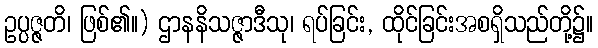
ဥပ္ပဇ္ဇတိ၊ ဖြစ်၏။) ဌာနနိသဇ္ဇာဒီသု၊ ရပ်ခြင်း, ထိုင်ခြင်းအစရှိသည်တို့၌။